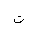
Letter: _ta